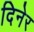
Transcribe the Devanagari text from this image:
दिनेर